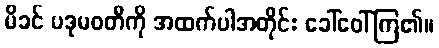
မိခင် ပဒုမဝတီကို အထက်ပါအတိုင်း ခေါ်ဝေါ်ကြ၏။